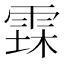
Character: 𮦐